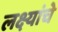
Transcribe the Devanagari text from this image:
लक्ष्यांचे